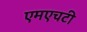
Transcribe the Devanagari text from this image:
एमएचटी